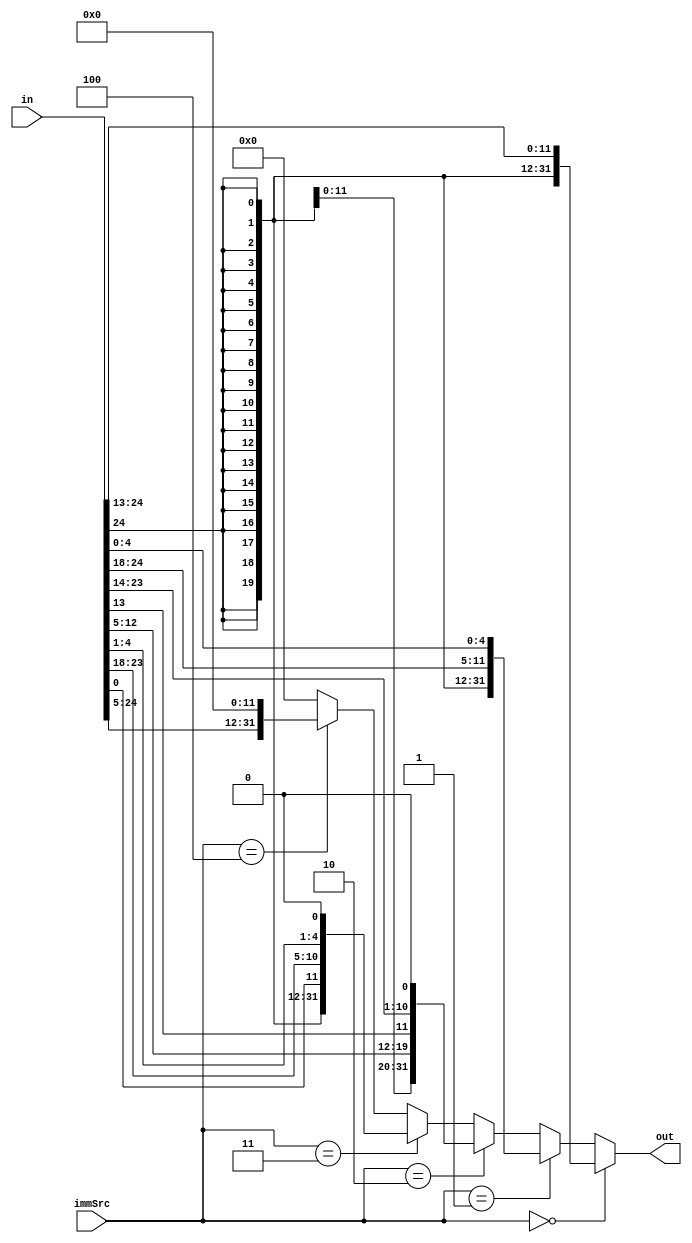
module immExtend(in, immSrc, out);
	input[31:7] in;
	input[2:0] immSrc;
	output[31:0] out;
	assign out = (immSrc == 3'b000) ? {{20{in[31]}}, in[31:20]}:
		(immSrc == 3'b001) ? {{20{in[31]}}, in[31:25], in[11:7]}:
		(immSrc == 3'b010) ? {{12{in[31]}}, in[31], in[19:12], in[20], in[30:21], 1'b0}:
		(immSrc == 3'b011) ? {{19{in[31]}}, in[31], in[7], in[30:25], in[11:8], 1'b0}:
		(immSrc == 3'b100) ? {in[31:12], 12'b0}:
		32'b0;
endmodule